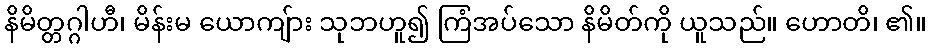
နိမိတ္တဂ္ဂါဟီ၊ မိန်းမ ယောကျ်ား သုဘဟူ၍ ကြံအပ်သော နိမိတ်ကို ယူသည်။ ဟောတိ၊ ၏။